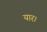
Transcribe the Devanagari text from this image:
यार।